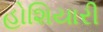
હોશિયારી